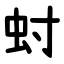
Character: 䖞